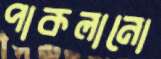
পাকলানো